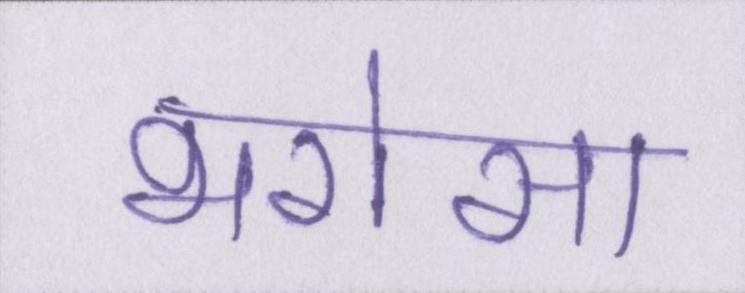
भरोसा